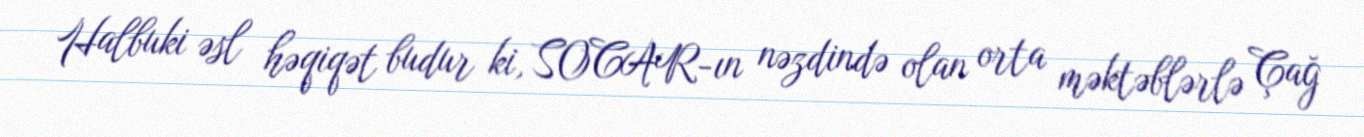
Halbuki əsl həqiqət budur ki, SOCAR-ın nəzdində olan orta məktəblərlə Çağ